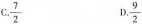
C.\frac{7}{2} D.\frac{9}{2}